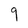
Character: 9